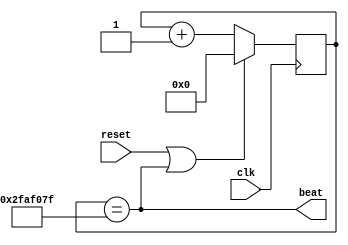
`timescale 1ns / 1ps

//Module heartbeat generates a single high value of one clock cycle duration every TOPCOUNT clock cycles

module heartbeat #( 
    parameter TOPCOUNT = 50_000_000
)(
    input wire clk,
    input wire reset,
    output wire beat);

    
    reg [$clog2(TOPCOUNT)-1:0] count; 
/*The above reg declaration features a preprocessor inbuilt function $clog2(), which computes 
the ceiling of the log2 result for TOPCOUNT and places that result into my module code before synthesis.

If your understanding of the course is coming along well, you should be able to tell why this 
is a great solution for flexible coding in this circumstance.*/


always@(posedge clk) begin
    if(reset || (count==TOPCOUNT-1)) 
        count<=0;
    else 
        count<=count+1;
end

assign beat=(count==TOPCOUNT-1);

endmodule